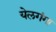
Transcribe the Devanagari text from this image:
येलगंगा